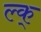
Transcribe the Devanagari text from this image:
ल्क्